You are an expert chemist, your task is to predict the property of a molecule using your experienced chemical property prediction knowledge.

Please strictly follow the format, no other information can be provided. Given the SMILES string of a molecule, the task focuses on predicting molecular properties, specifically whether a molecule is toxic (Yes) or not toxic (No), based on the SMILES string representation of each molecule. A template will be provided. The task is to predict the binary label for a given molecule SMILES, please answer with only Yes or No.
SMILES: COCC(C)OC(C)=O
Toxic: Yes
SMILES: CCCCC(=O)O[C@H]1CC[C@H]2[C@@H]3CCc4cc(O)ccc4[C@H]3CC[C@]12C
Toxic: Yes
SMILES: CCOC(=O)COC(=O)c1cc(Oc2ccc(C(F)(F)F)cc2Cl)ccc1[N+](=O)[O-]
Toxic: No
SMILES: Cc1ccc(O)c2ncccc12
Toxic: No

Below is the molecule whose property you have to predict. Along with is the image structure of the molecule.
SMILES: CCOP(=S)(OCC)Oc1ccc(S(C)=O)cc1
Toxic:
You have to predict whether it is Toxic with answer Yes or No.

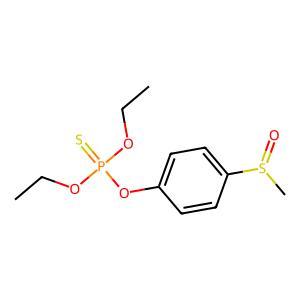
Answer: No